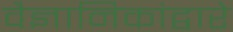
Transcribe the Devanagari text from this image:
वैज्ञानिकांद्वारे